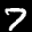
Label: 7